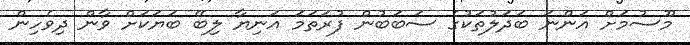
މޫސުމަށް އަންނަ ބަދަލުތަކުގެ ސަބަބުން ފުރަތަމަ އަނިޔާ ލިބޭ ބަޔަކަށް ވާން ދިވެހިން